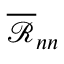
\textstyle { \overline { { \mathcal { R } } } } _ { n n }